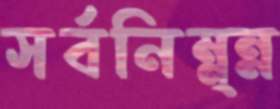
সর্বনিম্ন্ন্ন